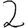
Digit: 2